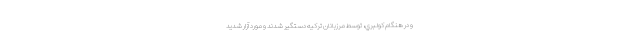
و در هنگام كولبري، توسط مرزبانان تركيه دستگير شدند و مورد آزار شديد